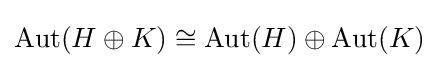
\operatorname {Aut} (H\oplus K)\cong \operatorname {Aut} (H)\oplus \operatorname {Aut} (K)